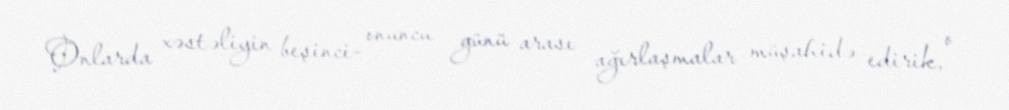
Onlarda xəstəliyin beşinci- onuncu günü arası ağırlaşmalar müşahidə edirik, o